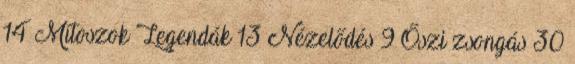
14 Mítoszok Legendák 13 Nézelődés 9 Őszi zsongás 30